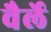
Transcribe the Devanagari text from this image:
वैर्ले